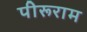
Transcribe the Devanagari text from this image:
पीरूराम